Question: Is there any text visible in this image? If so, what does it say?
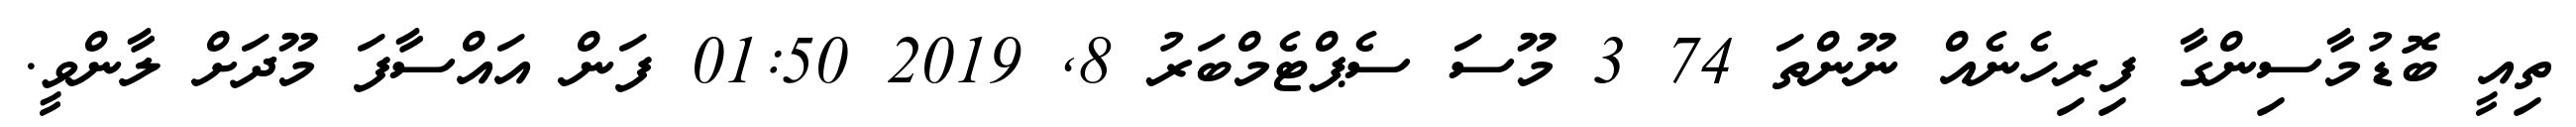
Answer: ތިއީ ބޮޑުމާސިންގާ ފިރިހެނެއް ނޫންތަ 74 3 މޫސަ ސެޕްޓެމްބަރު 8, 2019 01:50 ފަން އައްސާފަ މޫދަށް ލާންވީ.